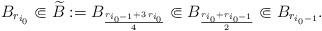
LaTeX: \begin{align*}B_{r_{i_0}}\Subset \widetilde B:=B_\frac{r_{i_0-1}+3\,r_{i_0}}{4}\Subset B_\frac{r_{i_0}+r_{i_0-1}}{2}\Subset B_{r_{i_0-1}}.\end{align*}